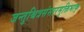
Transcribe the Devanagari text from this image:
जन्तुश्चित्रसंसारमुक्तिभाक्